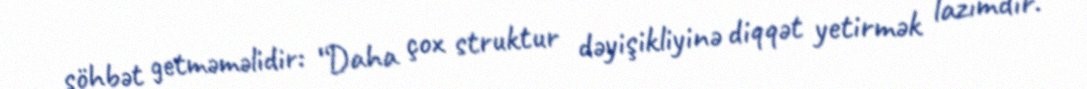
söhbət getməməlidir: “Daha çox struktur dəyişikliyinə diqqət yetirmək lazımdır.